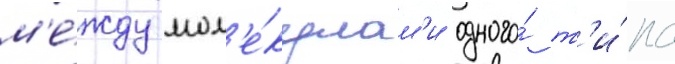
м'е́жду мол'е́кулам'и одного́ т'и́па